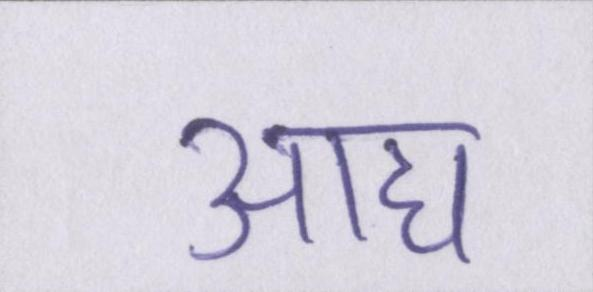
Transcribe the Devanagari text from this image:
आद्य